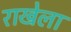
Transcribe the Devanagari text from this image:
राखेला